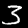
Label: 3